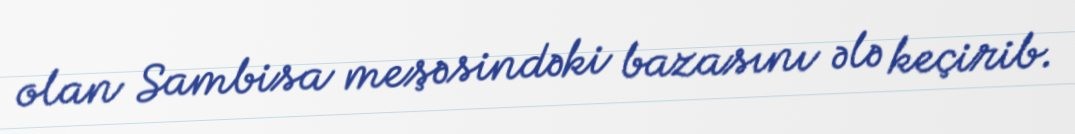
olan Sambisa meşəsindəki bazasını ələ keçirib.